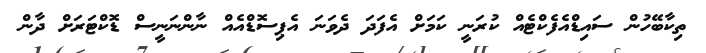
ތިކާބޭހުން ސައިޑްއެފެކްޓެއް ކުރަނީ ކަމަށް އެފަދަ ދެވަނަ އެޕިސޮޑްއެއް ނާންނަނީސް ޑޮކްޓަރަށް ދާން